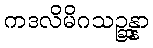
ကဒလိမိဂသဉ္ဆန္နာ